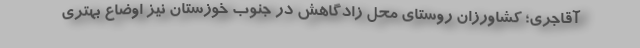
آقاجری؛ کشاورزان روستای محل زادگاهش در جنوب خوزستان نیز اوضاع بهتری